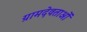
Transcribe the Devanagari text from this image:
ग्रामदेवताओं